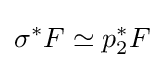
\sigma ^{*}F\simeq p_{2}^{*}F